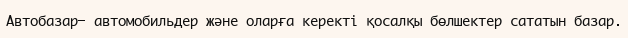
Автобазар— автомобильдер және оларға керекті қосалқы бөлшектер сататын базар.